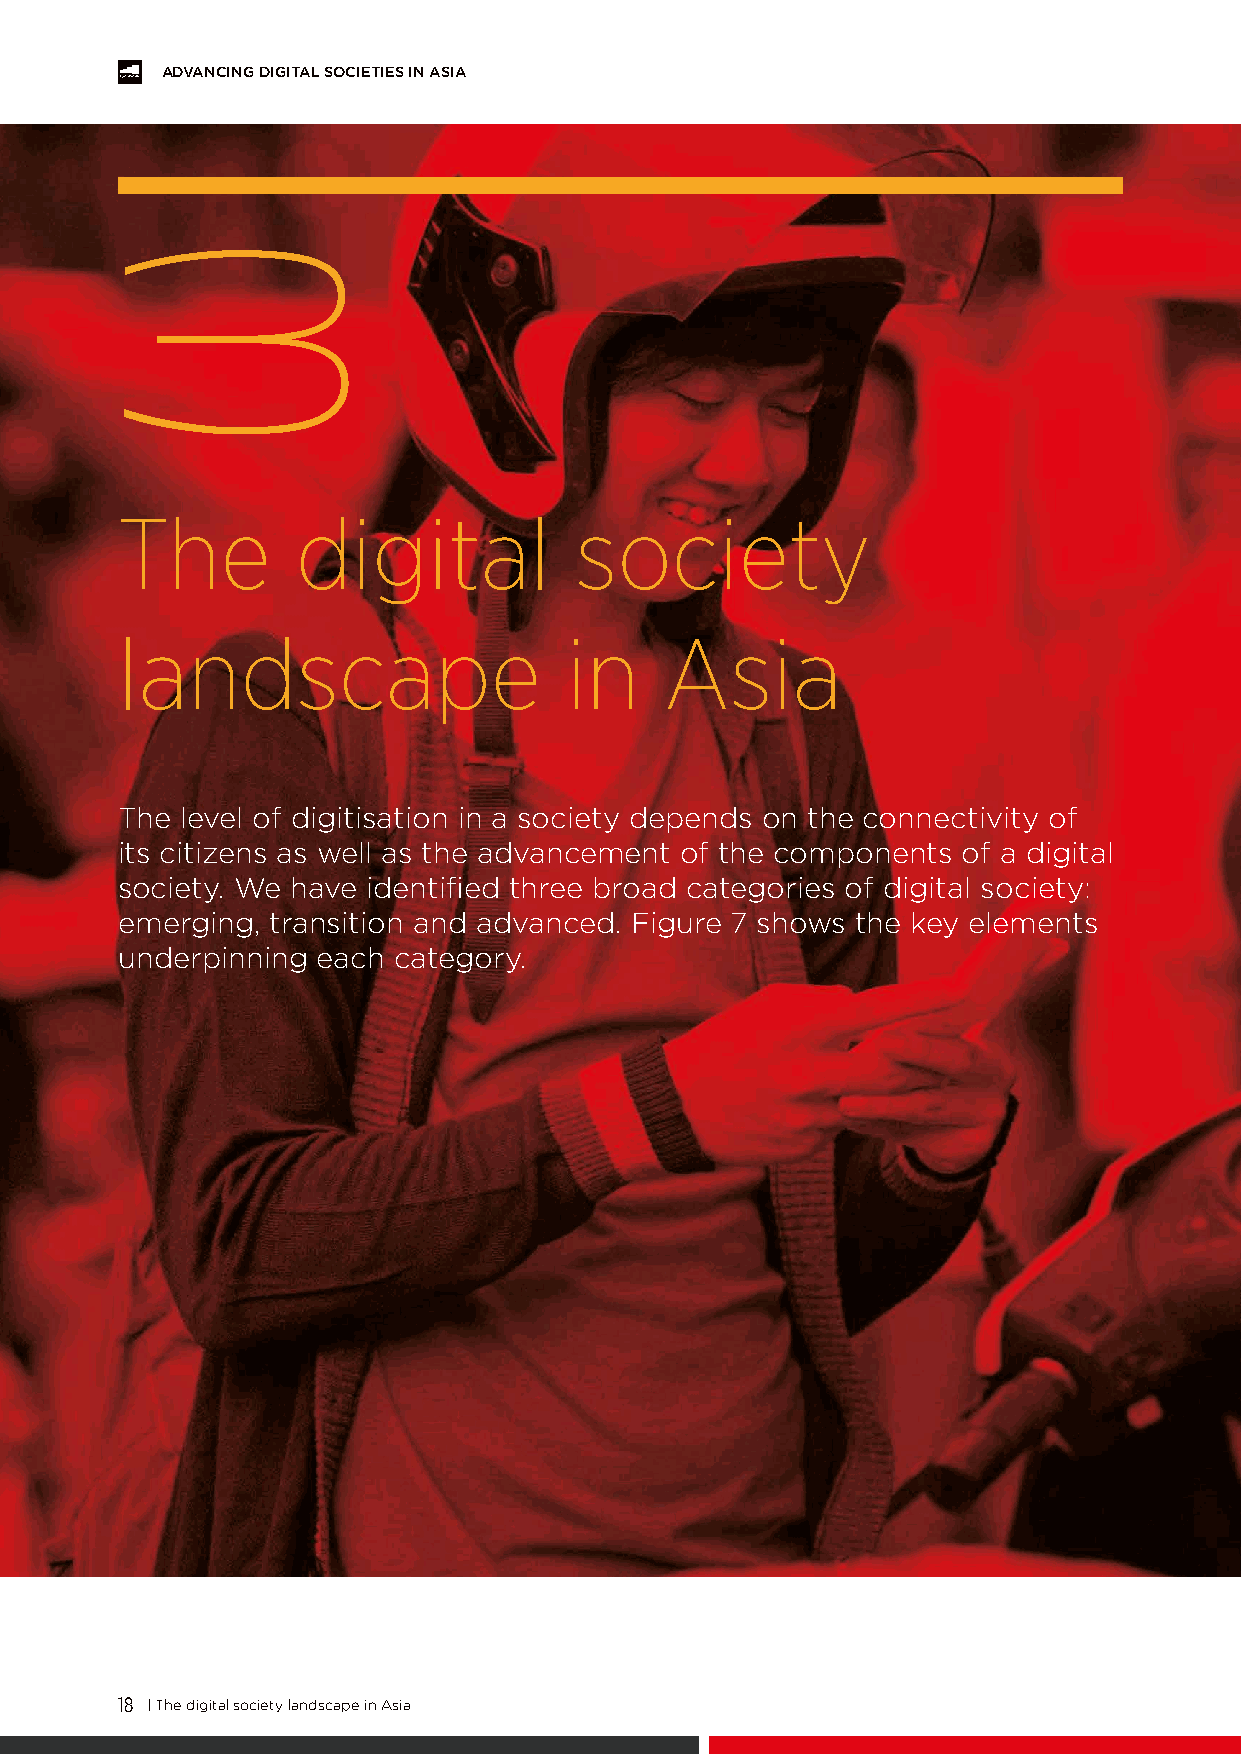
ADVANCING DIGITAL SOCIETIES IN ASIA
 3
 The         digital           society
 landscape                    in     Asia
 The level of digitisation in a society depends on the connectivity of
 its citizens as well as the advancement of the components of a digital
 society. We have identified three broad categories of digital society:
 emerging, transition and advanced. Figure 7 shows the key elements
 underpinning each category.
 18 | The digital society landscape in Asia